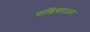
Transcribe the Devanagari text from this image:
पांडियराजन